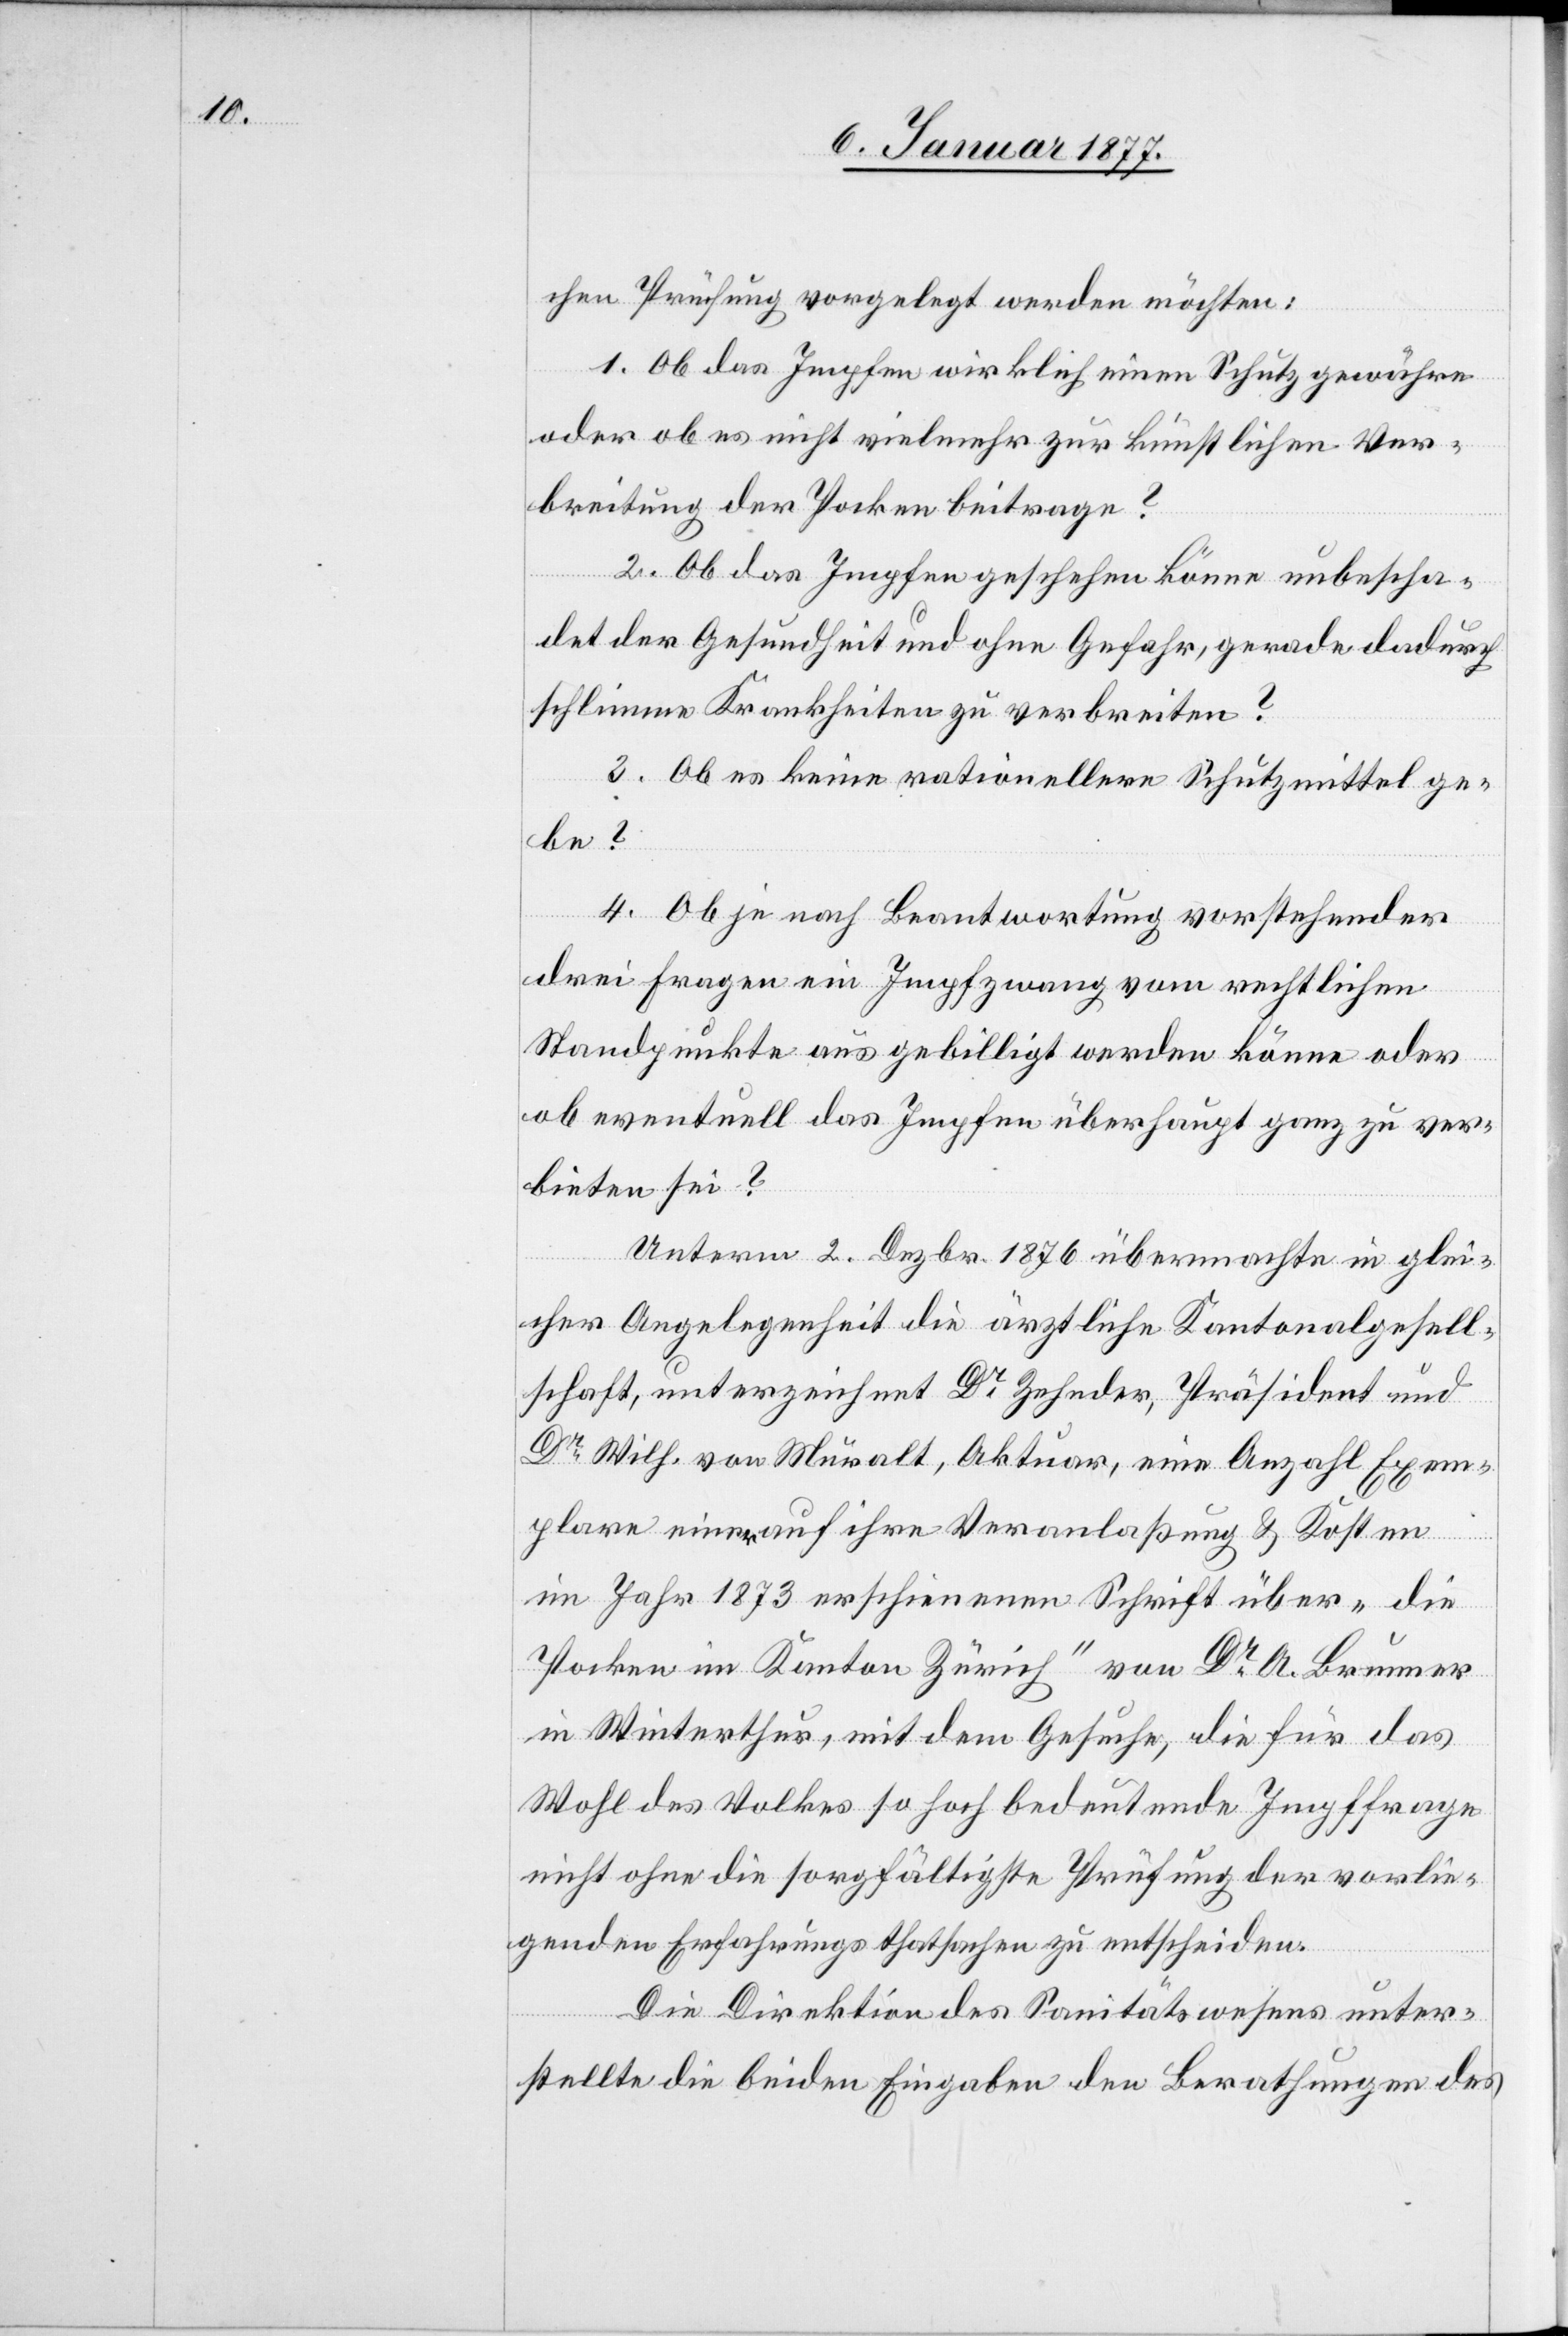
chen Prüfung vorgelegt werden möchten:
1. Ob das Impfen wirklich einen Schutz gewähre
oder ob es nicht vielmehr zur künstlichen Ver¬
breitung der Pocken beitrage?
2. Ob das Impfen geschehen könne unbescha¬
det der Gesundheit und ohne Gefahr, gerade dadurch
schlimme Krankheiten zu verbreiten?
3. Ob es keine rationellern Schutzmittel ge¬
be?
4. Ob je nach Beantwortung vorstehender
drei Fragen ein Impfzwang vom rechtlichen
Standpunkte aus gebilligt werden könne oder
ob eventuell das Impfen überhaupt ganz zu ver¬
bieten sei?
Unterm 2. Dezbr. 1876 übermachte in glei¬
cher Angelegenheit die ärztliche Kantonalgesell¬
schaft, unterzeichnet Dr Zehnder, Präsident und
Dr Wilh. von Muralt, Aktuar, eine Anzahl Exem¬
plare einer auf ihre Veranlaßung & Kosten
im Jahr 1873 erschienene Schrift über „die
Pocken im Kanton Zürich“ von Dr A. Brunner
in Winterthur, mit dem Gesuche, die für das
Wohl des Volkes so hoch bedeutende Impffrage
nicht ohne die sorgfältige Prüfung der vorlie¬
genden Erfahrungsthatsachen zu entscheiden.
Die Direktion des Sanitätswesens unter¬
stellte die beiden Eingaben den Berathungen des